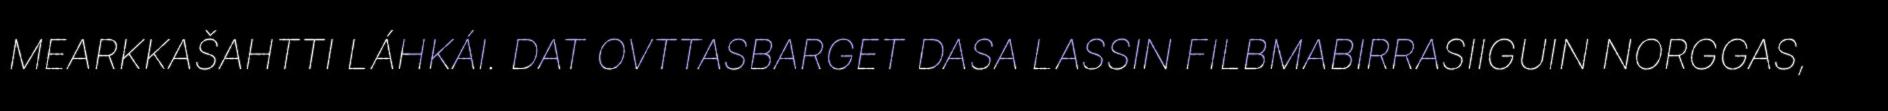
MEARKKAŠAHTTI LÁHKÁI. DAT OVTTASBARGET DASA LASSIN FILBMABIRRASIIGUIN NORGGAS,